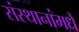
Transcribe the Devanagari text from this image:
संस्थानांमधे